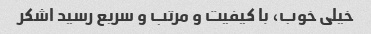
خیلی خوب، با کیفیت و مرتب و سریع رسید اشکر